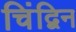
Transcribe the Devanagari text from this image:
चिंद्विन